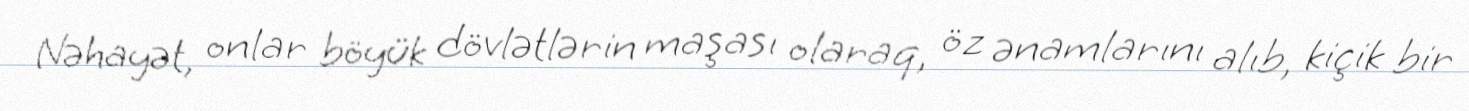
Nəhayət, onlar böyük dövlətlərin maşası olaraq, öz ənamlarını alıb, kiçik bir